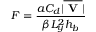
F = \frac { a C _ { d } | \overline { { \textbf { V } } } | } { \beta L _ { y } ^ { 2 } h _ { b } }